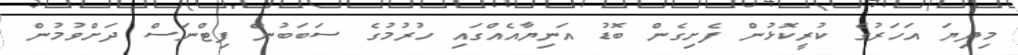
މިދިޔަ އަހަރުގެ ކުރީކޮޅުން ފެށިގެން ބޮޑު އަނިޔާއެއްގައި ހުރުމުގެ ސަބަބުން ފިޓްނަސް ދަށްވުމުން